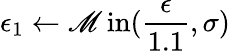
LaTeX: \epsilon_{1}\gets\operatorname*{\mathscr{M}in}(\frac{{\epsilon}}{{1.1}},\sigma)